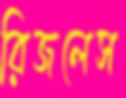
রিজলেস